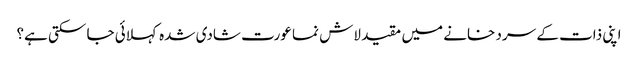
اپنی ذات کے سرد خانے میں مقید لاش نما عورت شادی شدہ کہلائی جا سکتی ہے؟